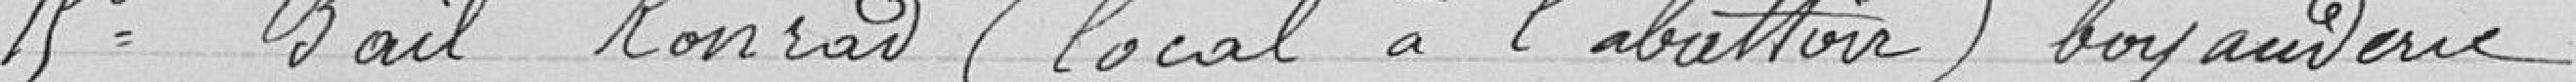
15° Bail Konrad (local à l'abattoir) boyauderie